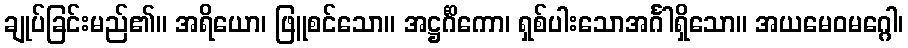
ချုပ်ခြင်းမည်၏။ အရိယော၊ ဖြူစင်သော။ အဋ္ဌင်္ဂိကော၊ ရှစ်ပါးသောအင်္ဂါရှိသော။ အယမေဝမဂ္ဂေါ၊